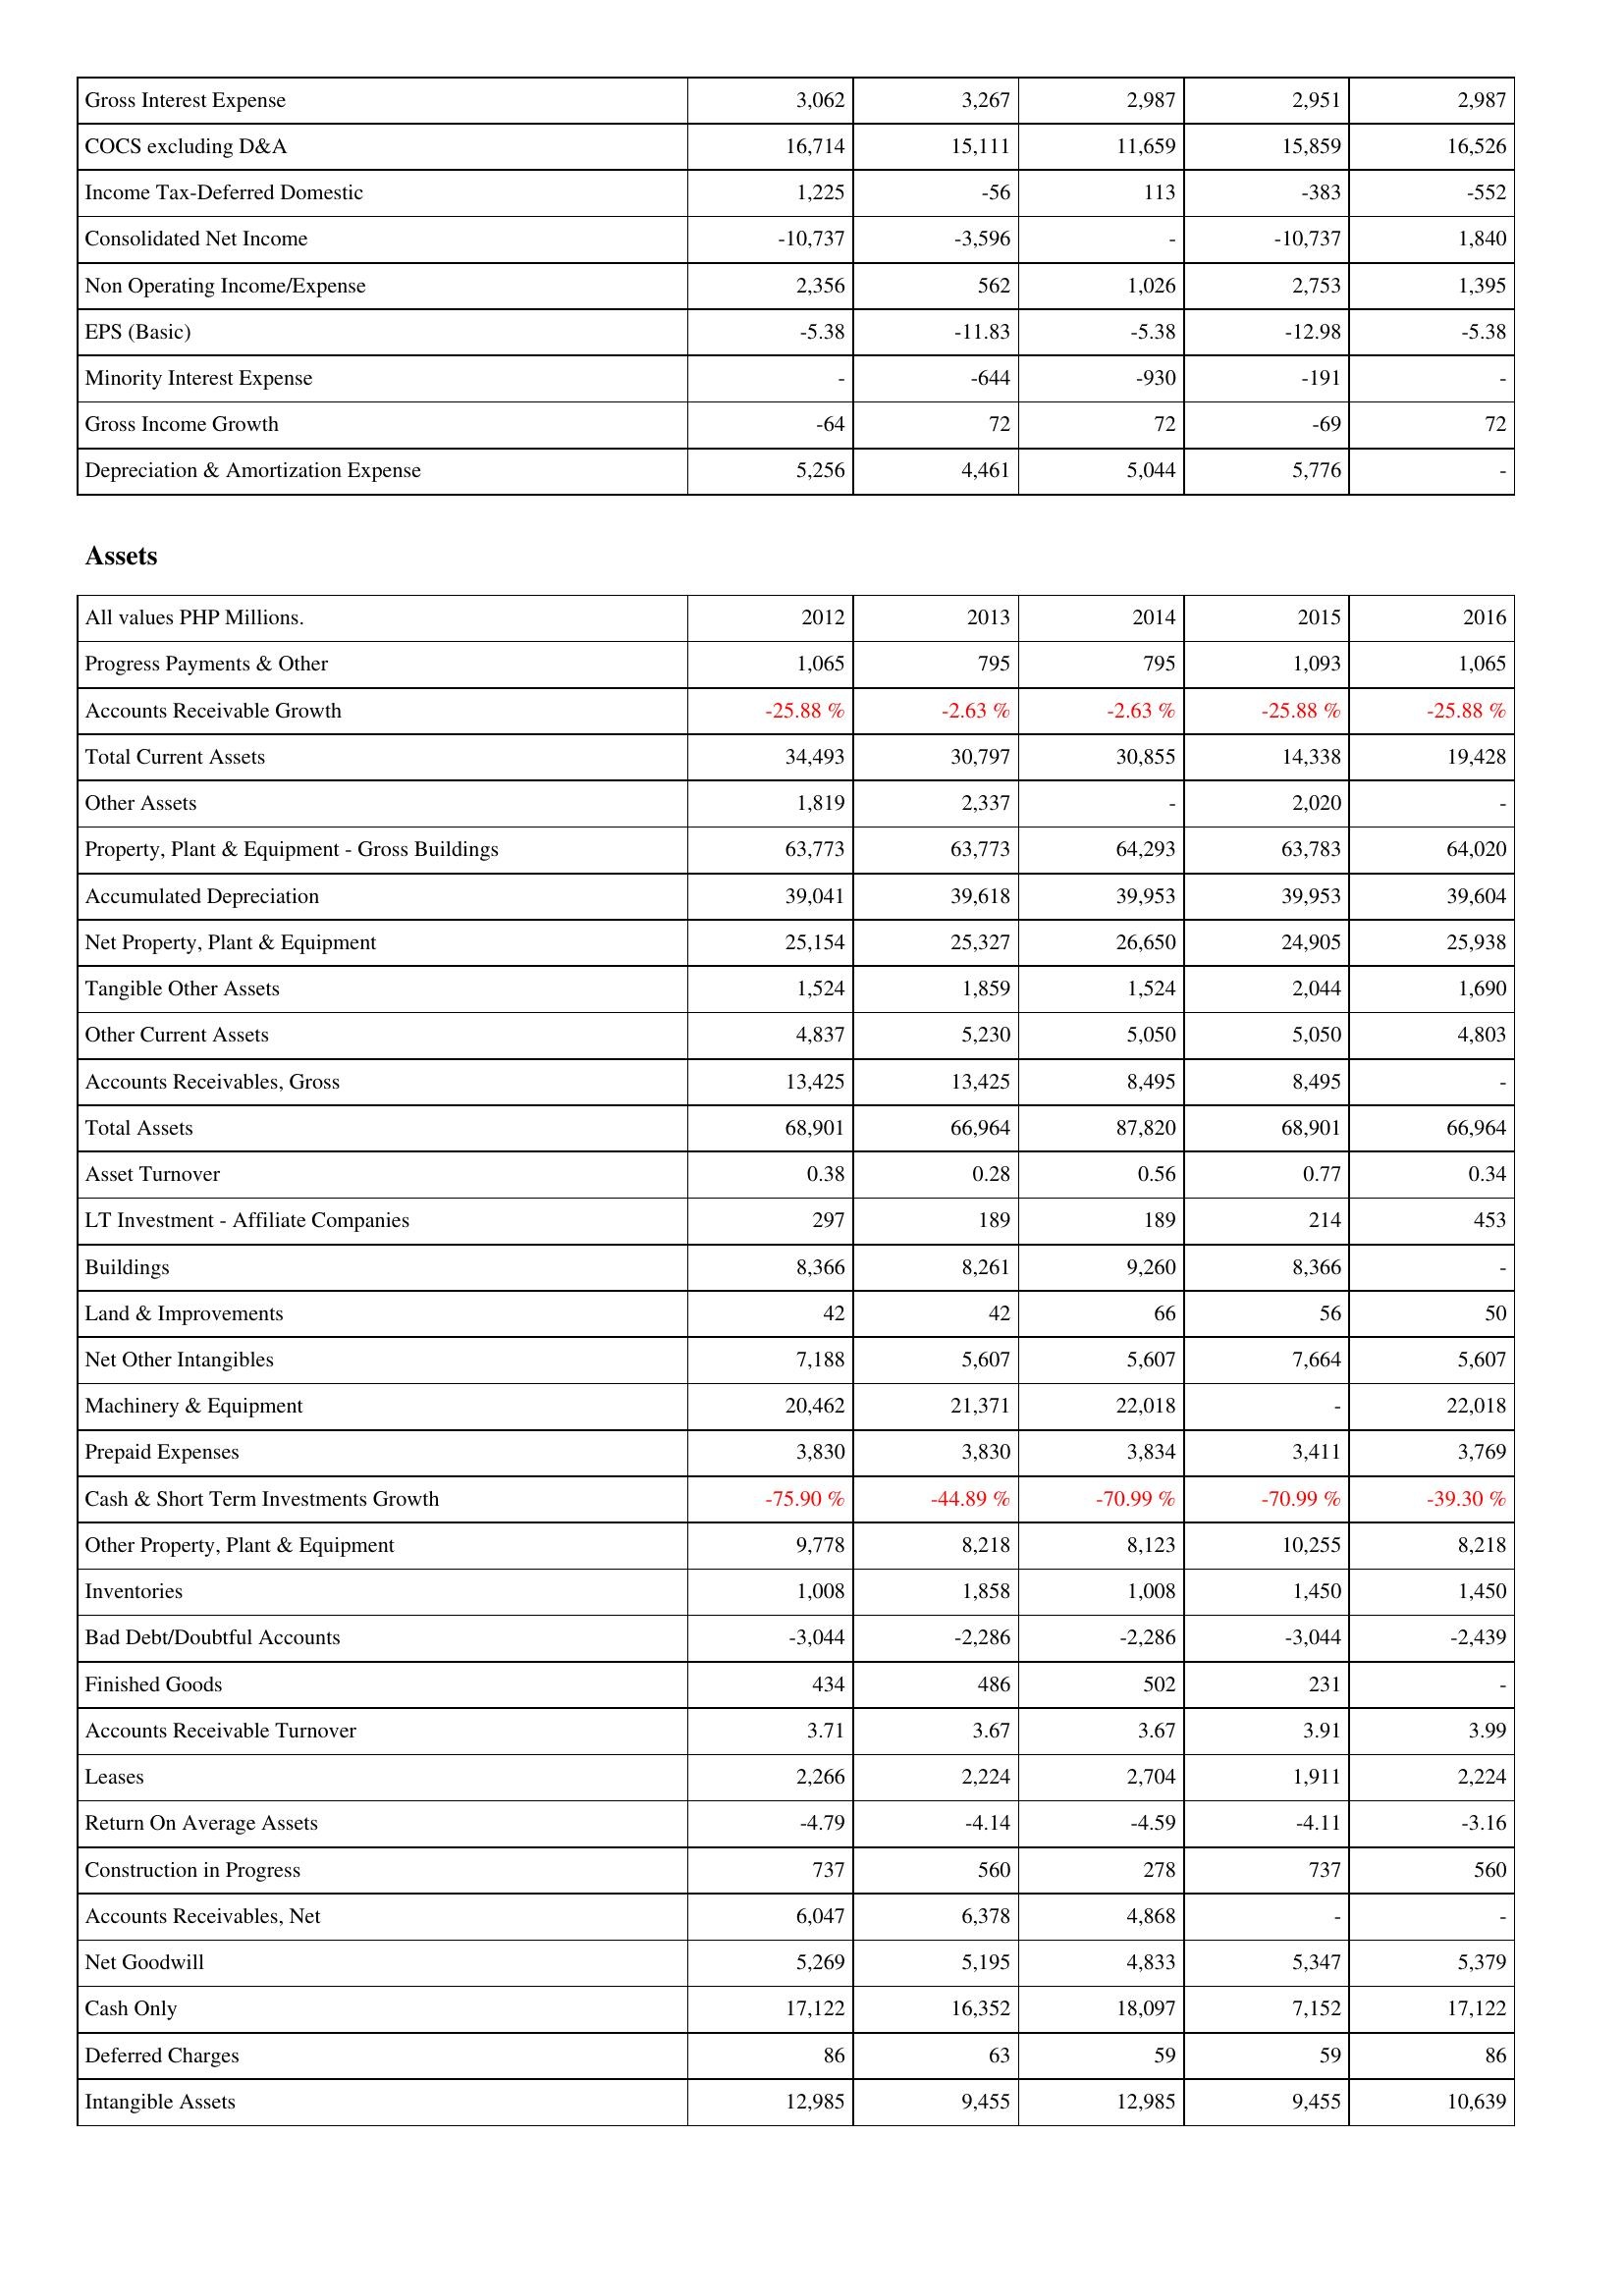
2012: Income Statement: Gross Interest Expense: 3,062
COCS excluding D&A: 16,714
Income Tax-Deferred Domestic: 1,225
Consolidated Net Income: -10,737
Non Operating Income/Expense: 2,356
EPS (Basic): -5.38
Minority Interest Expense: -
Gross Income Growth: -64
Depreciation & Amortization Expense: 5,256
Assets: Progress Payments & Other: 1,065
Accounts Receivable Growth: -25.88 %
Total Current Assets: 34,493
Other Assets: 1,819
Property, Plant & Equipment - Gross Buildings: 63,773
Accumulated Depreciation: 39,041
Net Property, Plant & Equipment: 25,154
Tangible Other Assets: 1,524
Other Current Assets: 4,837
Accounts Receivables, Gross: 13,425
Total Assets: 68,901
Asset Turnover: 0.38
LT Investment - Affiliate Companies: 297
Buildings: 8,366
Land & Improvements: 42
Net Other Intangibles: 7,188
Machinery & Equipment: 20,462
Prepaid Expenses: 3,830
Cash & Short Term Investments Growth: -75.90 %
Other Property, Plant & Equipment: 9,778
Inventories: 1,008
Bad Debt/Doubtful Accounts: -3,044
Finished Goods: 434
Accounts Receivable Turnover: 3.71
Leases: 2,266
Return On Average Assets: -4.79
Construction in Progress: 737
Accounts Receivables, Net: 6,047
Net Goodwill: 5,269
Cash Only: 17,122
Deferred Charges: 86
Intangible Assets: 12,985
2013: Income Statement: Gross Interest Expense: 3,267
COCS excluding D&A: 15,111
Income Tax-Deferred Domestic: -56
Consolidated Net Income: -3,596
Non Operating Income/Expense: 562
EPS (Basic): -11.83
Minority Interest Expense: -644
Gross Income Growth: 72
Depreciation & Amortization Expense: 4,461
Assets: Progress Payments & Other: 795
Accounts Receivable Growth: -2.63 %
Total Current Assets: 30,797
Other Assets: 2,337
Property, Plant & Equipment - Gross Buildings: 63,773
Accumulated Depreciation: 39,618
Net Property, Plant & Equipment: 25,327
Tangible Other Assets: 1,859
Other Current Assets: 5,230
Accounts Receivables, Gross: 13,425
Total Assets: 66,964
Asset Turnover: 0.28
LT Investment - Affiliate Companies: 189
Buildings: 8,261
Land & Improvements: 42
Net Other Intangibles: 5,607
Machinery & Equipment: 21,371
Prepaid Expenses: 3,830
Cash & Short Term Investments Growth: -44.89 %
Other Property, Plant & Equipment: 8,218
Inventories: 1,858
Bad Debt/Doubtful Accounts: -2,286
Finished Goods: 486
Accounts Receivable Turnover: 3.67
Leases: 2,224
Return On Average Assets: -4.14
Construction in Progress: 560
Accounts Receivables, Net: 6,378
Net Goodwill: 5,195
Cash Only: 16,352
Deferred Charges: 63
Intangible Assets: 9,455
2014: Income Statement: Gross Interest Expense: 2,987
COCS excluding D&A: 11,659
Income Tax-Deferred Domestic: 113
Consolidated Net Income: -
Non Operating Income/Expense: 1,026
EPS (Basic): -5.38
Minority Interest Expense: -930
Gross Income Growth: 72
Depreciation & Amortization Expense: 5,044
Assets: Progress Payments & Other: 795
Accounts Receivable Growth: -2.63 %
Total Current Assets: 30,855
Other Assets: -
Property, Plant & Equipment - Gross Buildings: 64,293
Accumulated Depreciation: 39,953
Net Property, Plant & Equipment: 26,650
Tangible Other Assets: 1,524
Other Current Assets: 5,050
Accounts Receivables, Gross: 8,495
Total Assets: 87,820
Asset Turnover: 0.56
LT Investment - Affiliate Companies: 189
Buildings: 9,260
Land & Improvements: 66
Net Other Intangibles: 5,607
Machinery & Equipment: 22,018
Prepaid Expenses: 3,834
Cash & Short Term Investments Growth: -70.99 %
Other Property, Plant & Equipment: 8,123
Inventories: 1,008
Bad Debt/Doubtful Accounts: -2,286
Finished Goods: 502
Accounts Receivable Turnover: 3.67
Leases: 2,704
Return On Average Assets: -4.59
Construction in Progress: 278
Accounts Receivables, Net: 4,868
Net Goodwill: 4,833
Cash Only: 18,097
Deferred Charges: 59
Intangible Assets: 12,985
2015: Income Statement: Gross Interest Expense: 2,951
COCS excluding D&A: 15,859
Income Tax-Deferred Domestic: -383
Consolidated Net Income: -10,737
Non Operating Income/Expense: 2,753
EPS (Basic): -12.98
Minority Interest Expense: -191
Gross Income Growth: -69
Depreciation & Amortization Expense: 5,776
Assets: Progress Payments & Other: 1,093
Accounts Receivable Growth: -25.88 %
Total Current Assets: 14,338
Other Assets: 2,020
Property, Plant & Equipment - Gross Buildings: 63,783
Accumulated Depreciation: 39,953
Net Property, Plant & Equipment: 24,905
Tangible Other Assets: 2,044
Other Current Assets: 5,050
Accounts Receivables, Gross: 8,495
Total Assets: 68,901
Asset Turnover: 0.77
LT Investment - Affiliate Companies: 214
Buildings: 8,366
Land & Improvements: 56
Net Other Intangibles: 7,664
Machinery & Equipment: -
Prepaid Expenses: 3,411
Cash & Short Term Investments Growth: -70.99 %
Other Property, Plant & Equipment: 10,255
Inventories: 1,450
Bad Debt/Doubtful Accounts: -3,044
Finished Goods: 231
Accounts Receivable Turnover: 3.91
Leases: 1,911
Return On Average Assets: -4.11
Construction in Progress: 737
Accounts Receivables, Net: -
Net Goodwill: 5,347
Cash Only: 7,152
Deferred Charges: 59
Intangible Assets: 9,455
2016: Income Statement: Gross Interest Expense: 2,987
COCS excluding D&A: 16,526
Income Tax-Deferred Domestic: -552
Consolidated Net Income: 1,840
Non Operating Income/Expense: 1,395
EPS (Basic): -5.38
Minority Interest Expense: -
Gross Income Growth: 72
Depreciation & Amortization Expense: -
Assets: Progress Payments & Other: 1,065
Accounts Receivable Growth: -25.88 %
Total Current Assets: 19,428
Other Assets: -
Property, Plant & Equipment - Gross Buildings: 64,020
Accumulated Depreciation: 39,604
Net Property, Plant & Equipment: 25,938
Tangible Other Assets: 1,690
Other Current Assets: 4,803
Accounts Receivables, Gross: -
Total Assets: 66,964
Asset Turnover: 0.34
LT Investment - Affiliate Companies: 453
Buildings: -
Land & Improvements: 50
Net Other Intangibles: 5,607
Machinery & Equipment: 22,018
Prepaid Expenses: 3,769
Cash & Short Term Investments Growth: -39.30 %
Other Property, Plant & Equipment: 8,218
Inventories: 1,450
Bad Debt/Doubtful Accounts: -2,439
Finished Goods: -
Accounts Receivable Turnover: 3.99
Leases: 2,224
Return On Average Assets: -3.16
Construction in Progress: 560
Accounts Receivables, Net: -
Net Goodwill: 5,379
Cash Only: 17,122
Deferred Charges: 86
Intangible Assets: 10,639